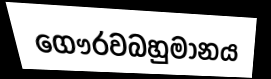
ගෞරවබහුමානය